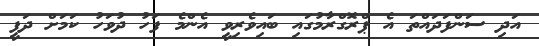
އަދި ސަންފަދައްތަ އެ ޕްރޮގްރާމުގައި ބައިވެރިވީ އެންމެ ފަހު ދުވަހު ކަމަށް ދަފީ